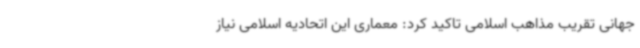
جهانی تقریب مذاهب اسلامی تاکید کرد: معماری این اتحادیه اسلامی نیاز